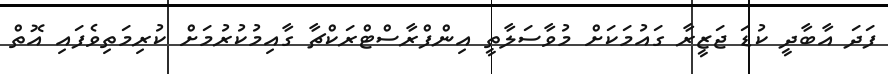
ފަދަ އާބާދީ ކުޑަ ޖަޒީރާ ގައުމަކަށް މުވާސަލާތީ އިންފްރާސްޓްރަކްޗާ ގާއިމުކުރުމަށް ކުރިމަތިވެފައި އޮތް